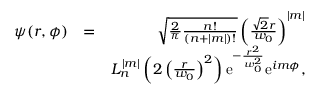
\begin{array} { r l r } { \psi ( r , \phi ) } & { = } & { \sqrt { \frac { 2 } { \pi } \frac { n ! } { ( n + | m | ) ! } } \left( \frac { \sqrt { 2 } r } { w _ { 0 } } \right) ^ { | m | } } \\ & { } & { L _ { n } ^ { | m | } \left( 2 \left( \frac { r } { w _ { 0 } } \right) ^ { 2 } \right) \mathrm { e } ^ { - \frac { r ^ { 2 } } { w _ { 0 } ^ { 2 } } } \mathrm { e } ^ { i m \phi } , } \end{array}